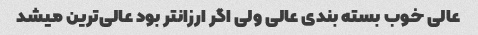
عالی خوب بسته بندی عالی ولی اگر ارزانتر بود عالی‌ترین میشد